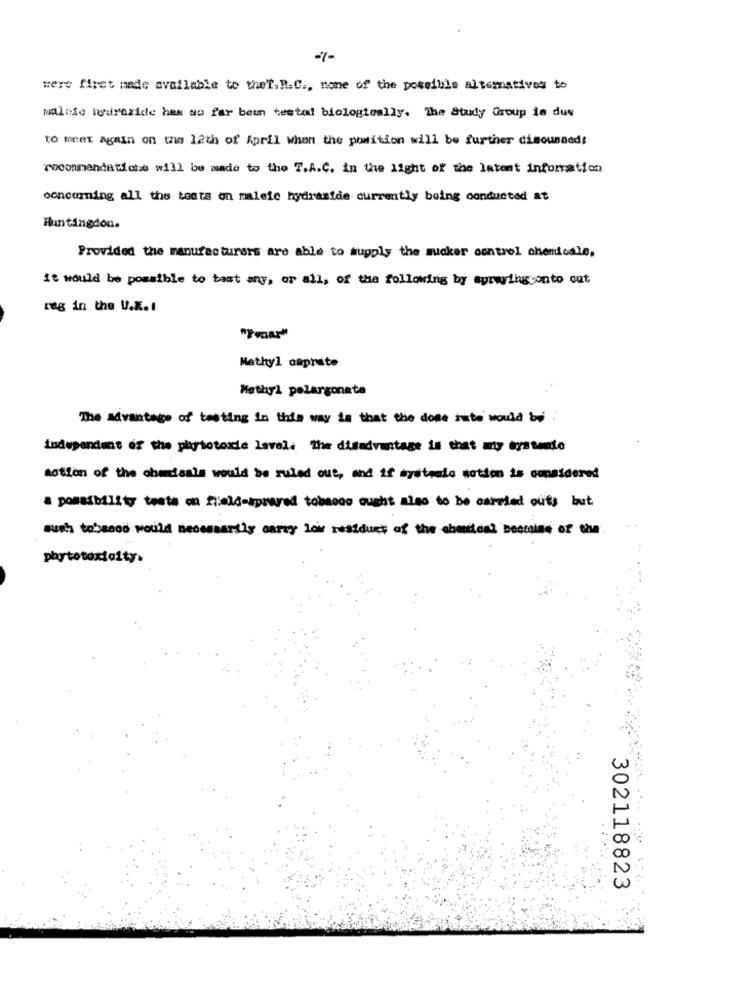
-7-
were firet made available to theT.R.C ., none of the possibls altematives to
Nalcio hydrazide has so far been tested biologically. The Study Group is due
to meet Again on the 12th of April when the pomition will be further disounded:
recommendations will be made to the T.A.C. in the light of the latest information
concerning all the tests on maleic hydrazide currently being conducted at
Huntingdon.
Provided the manufacturers are able to supply the mucker control chemicale,
it would be possible to bast any, or all, of the following by aprwingconto cut
reg in the U.K. I
"Tmar"
Methyl onprute
Methyl polargoneta
The advantage of testing In this way is that the dome site would be .
independent of the phytotoxie lavel. The disadvantage is that my systemto
aotion of the chemisals would be ruled out, and if systemlo motion is omaidered
a possibility tests on field-sprayed tobacco ought algo to be carried outs but
wish tobsooo would necessarily carry low residues of the ebensteal beccolme of the
phytotoxicity.
302118823